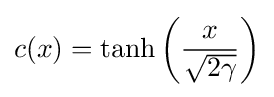
c(x)=\tanh \left({\frac {x}{\sqrt {2\gamma }}}\right)